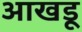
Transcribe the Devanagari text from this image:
आखडू